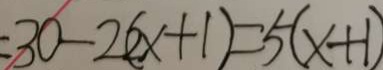
= 3 0 - 2 ( 2 x + 1 ) = 5 ( x + 1 )